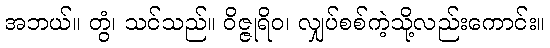
အဘယ်။ တွံ၊ သင်သည်။ ဝိဇ္ဇုရိဝ၊ လျှပ်စစ်ကဲ့သို့လည်းကောင်း။